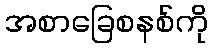
အစာခြေစနစ်ကို